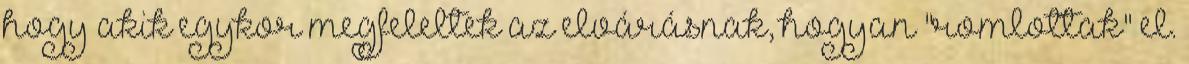
hogy akik egykor megfeleltek az elvárásnak, hogyan "romlottak" el.